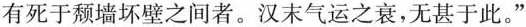
有死于颓墙坏壁之间者。汉末气运之衰，无甚于此。”